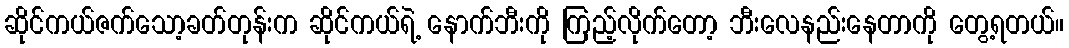
ဆိုင်ကယ်ဇက်သော့ခတ်တုန်းက ဆိုင်ကယ်ရဲ့ နောက်ဘီးကို ကြည့်လိုက်တော့ ဘီးလေနည်းနေတာကို တွေ့ရတယ်။